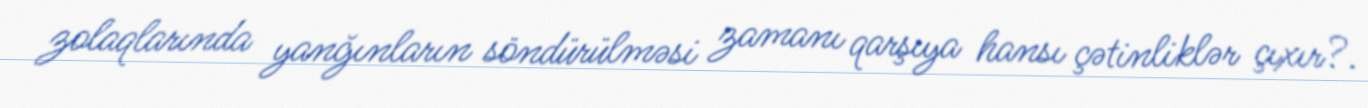
zolaqlarında yanğınların söndürülməsi zamanı qarşıya hansı çətinliklər çıxır?.